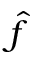
\hat { f }